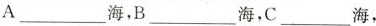
A______海，B______海，C________海，